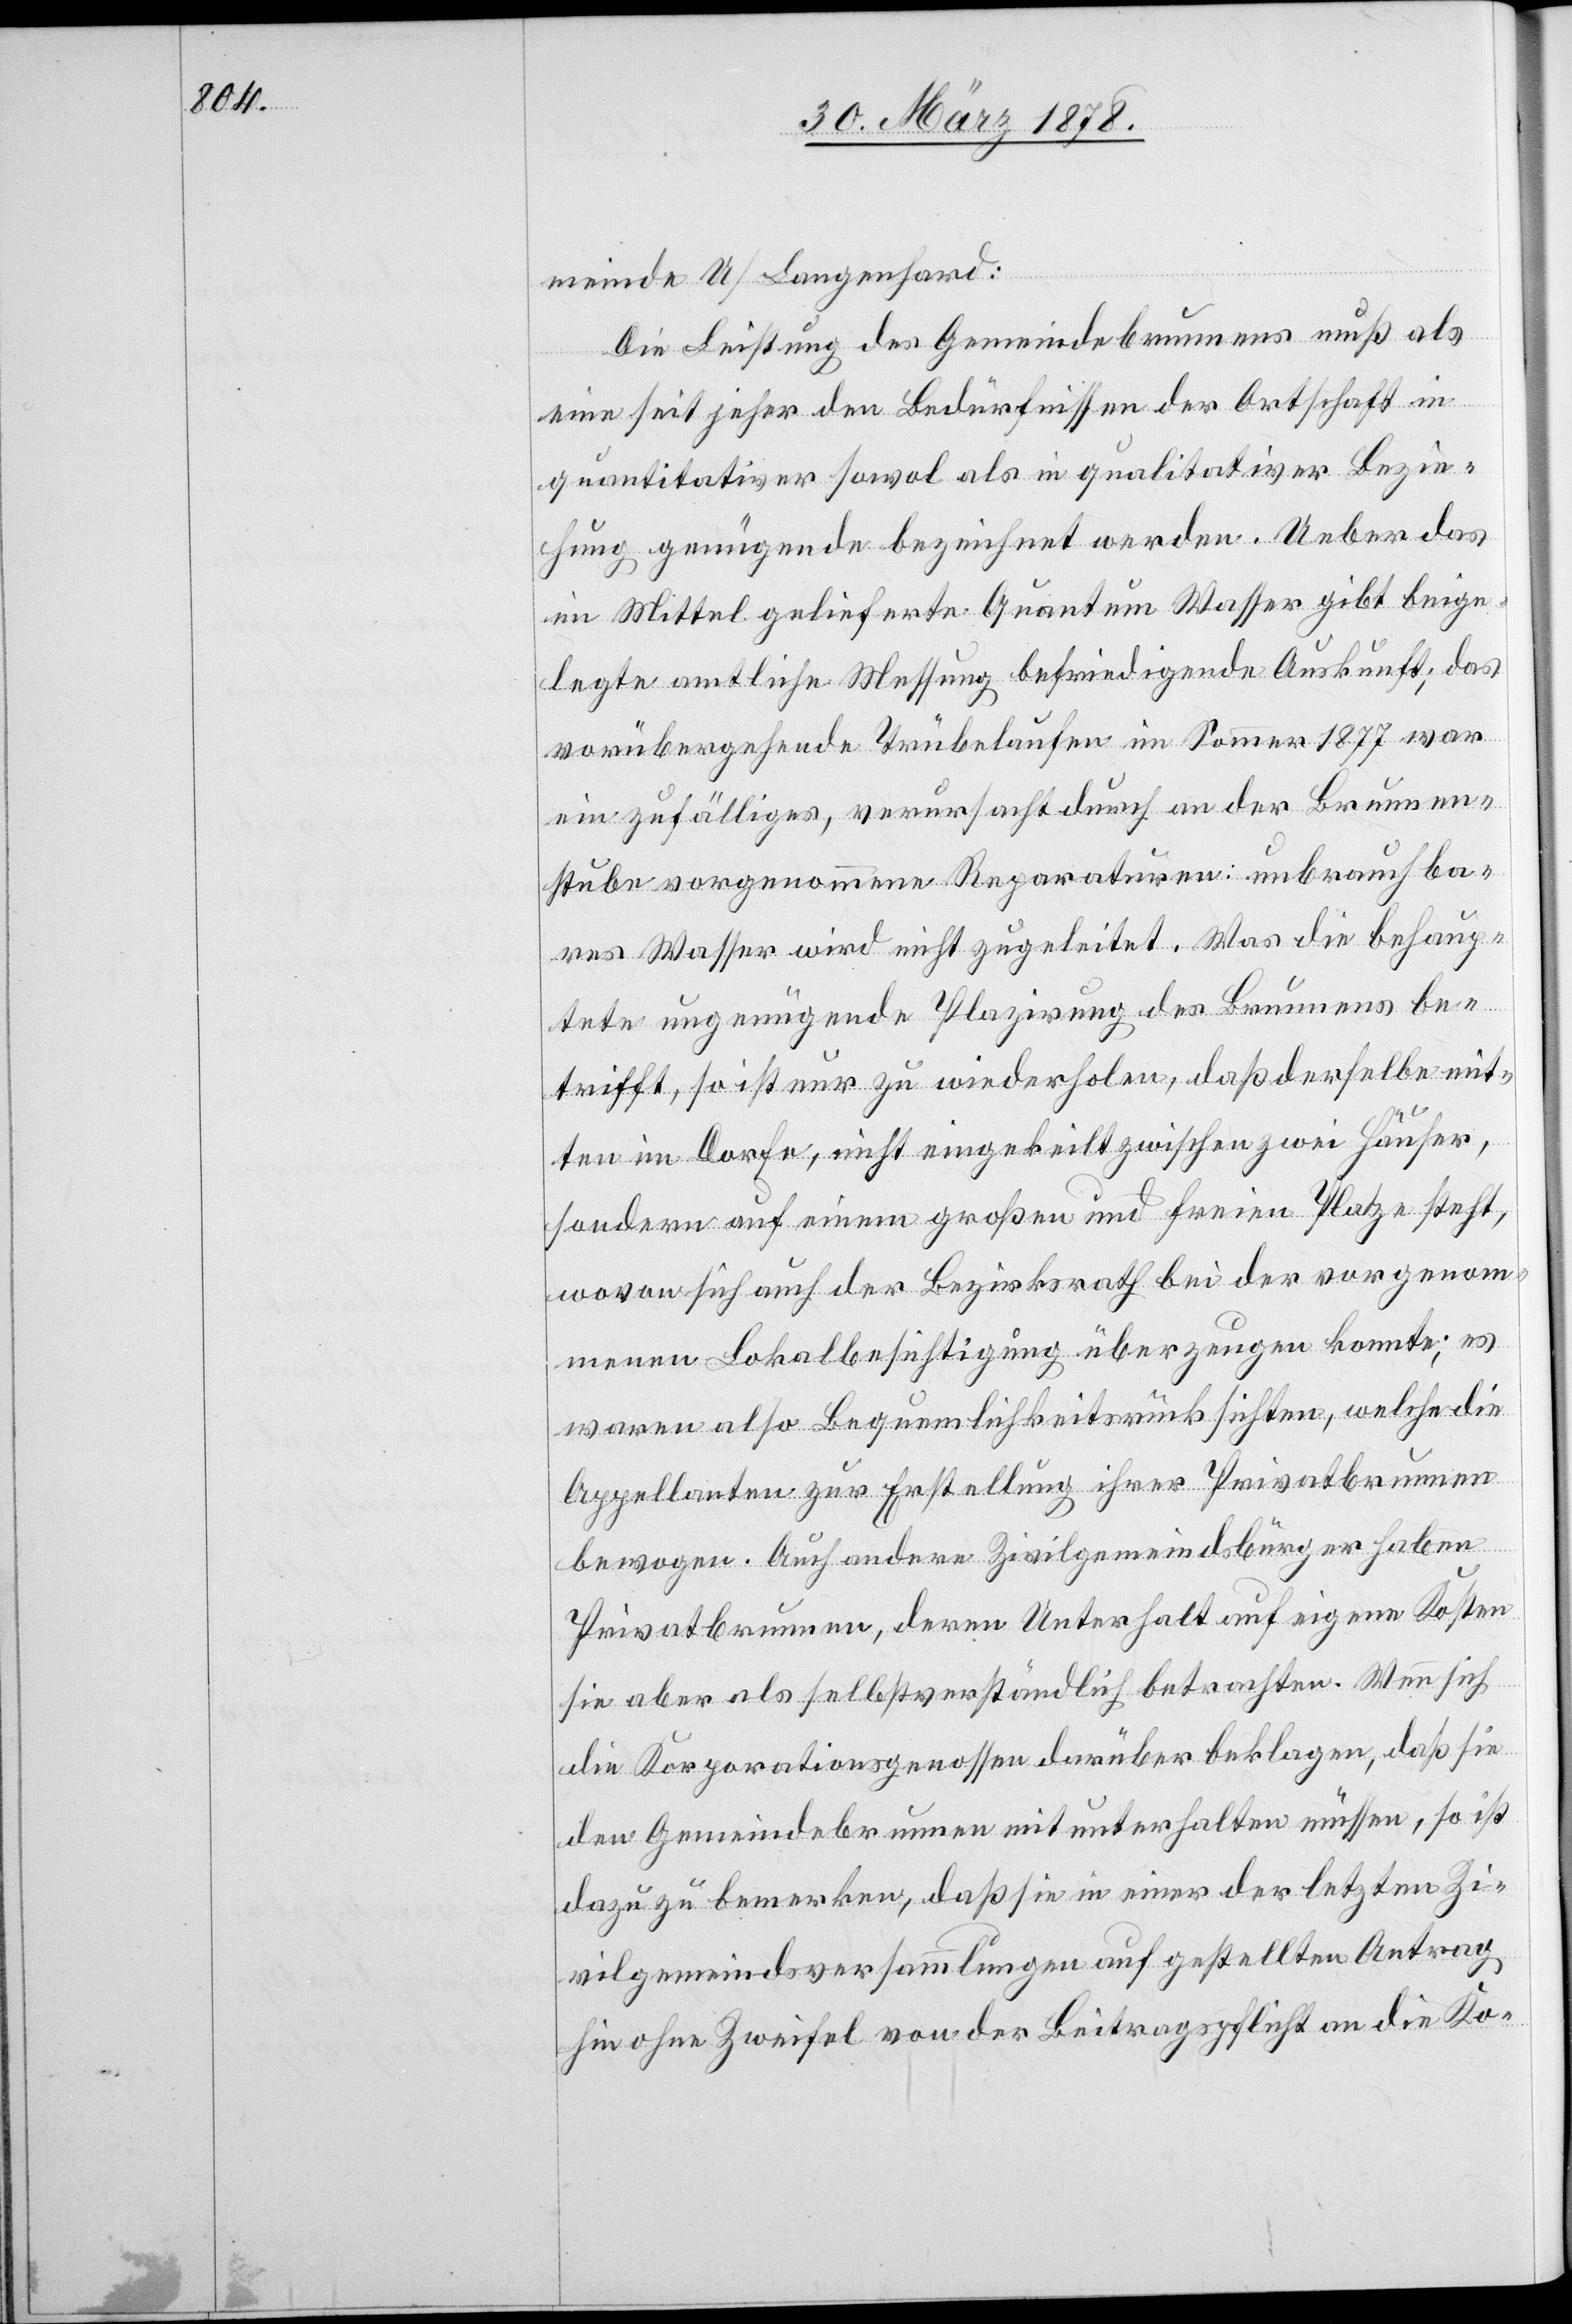
meinde U / Langenhard:
Die Leistung des Gemeindebrunnens muß als
eine seit jeher den Bedürfnissen der Ortschaft in
quantitativer sowol als in qualitativer Bezie¬
hung genügende bezeichnet werden. Ueber das
im Mittel gelieferte Quantum Wasser gibt beige¬
legte amtliche Messung befriedigende Auskunft; das
vorübergehende Trübelaufen im Sommer 1877 war
ein zufälliges, verursacht durch an der Brunnen¬
stube vorgenommene Reparaturen: unbrauchba¬
res Wasser wird nicht zugeleitet. Was die behaup¬
tete ungenügende Plazirung des Brunnens be¬
trifft, so ist nur zu wiederholen, daß derselbe mit¬
ten im Dorfe, nicht eingekeilt zwischen zwei Häuser,
sodann auf einem großen und freien Platze steht,
wovon sich auch der Bezirksrath bei der vorgenom¬
menen Lokalbesichtigung überzeugen konnte; es
waren also Bequemlichkeitsrücksichten, welche die
Appellanten zur Erstellung ihrer Privatbrunnen
bewogen. Auch andere Zivilgemeindsbürger haben
Privatbrunnen, deren Unterhalt auf eigene Kosten
sie aber als selbstverständlich betrachten. Wenn sich
die Korporationsgenossen darüber beklagen, daß sie
den Gemeindebrunnen mit unterhalten müssen, so ist
dazu zu bemerken, daß sie in einer der letzten Zi¬
vilgemeindsversammlungen aufgestellten Antrag
hin ohne Zweifel von der Beitragspflicht an die Ko-